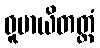
ဓူမာယိတတ္တံ